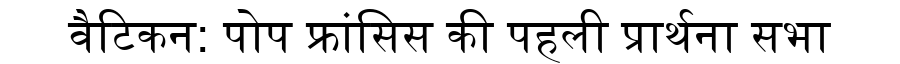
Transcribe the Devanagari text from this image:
वैटिकन: पोप फ्रांसिस की पहली प्रार्थना सभा